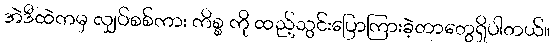
အဲဒီထဲကမှ လျှပ်စစ်ကား ကိစ္စ ကို ထည့်သွင်းပြောကြားခဲ့တာတွေရှိပါတယ်။